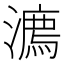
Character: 𣿕